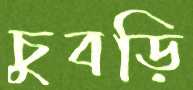
চুবড়ি